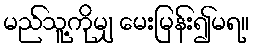
မည်သူ့ကိုမျှ မေးမြန်း၍မရ။